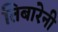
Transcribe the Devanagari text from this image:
तिबारेनी